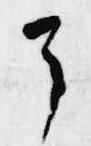
了